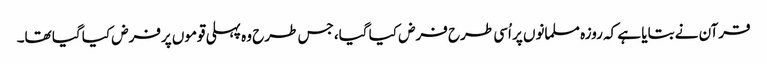
قرآن نے بتایا ہے کہ روزہ مسلمانوں پر اُسی طرح فرض کیا گیا، جس طرح وہ پہلی قوموں پرفرض کیا گیا تھا۔